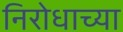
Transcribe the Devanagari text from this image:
निरोधाच्या